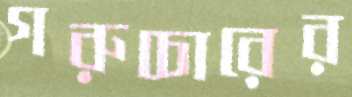
গরুচোরের